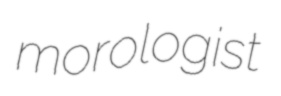
morologist